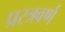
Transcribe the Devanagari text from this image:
प्रस्त्रवर्ण